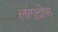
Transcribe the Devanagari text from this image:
लांगूदोक